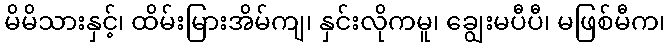
မိမိသားနှင့်၊ ထိမ်းမြားအိမ်ကျ၊ နှင်းလိုကမူ၊ ချွေးမပီပီ၊ မဖြစ်မီက၊